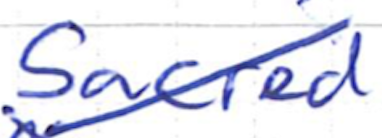
Text: Sacred
Cross-out: mix
Writing tool: ballpoint